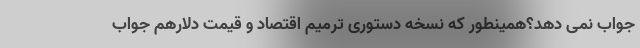
جواب نمی دهد؟همینطور که نسخه دستوری ترمیم اقتصاد و قیمت دلارهم جواب